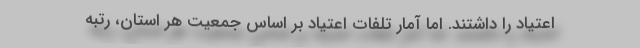
اعتیاد را داشتند. اما آمار تلفات اعتیاد بر اساس جمعیت هر استان، رتبه